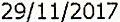
29/11/2017